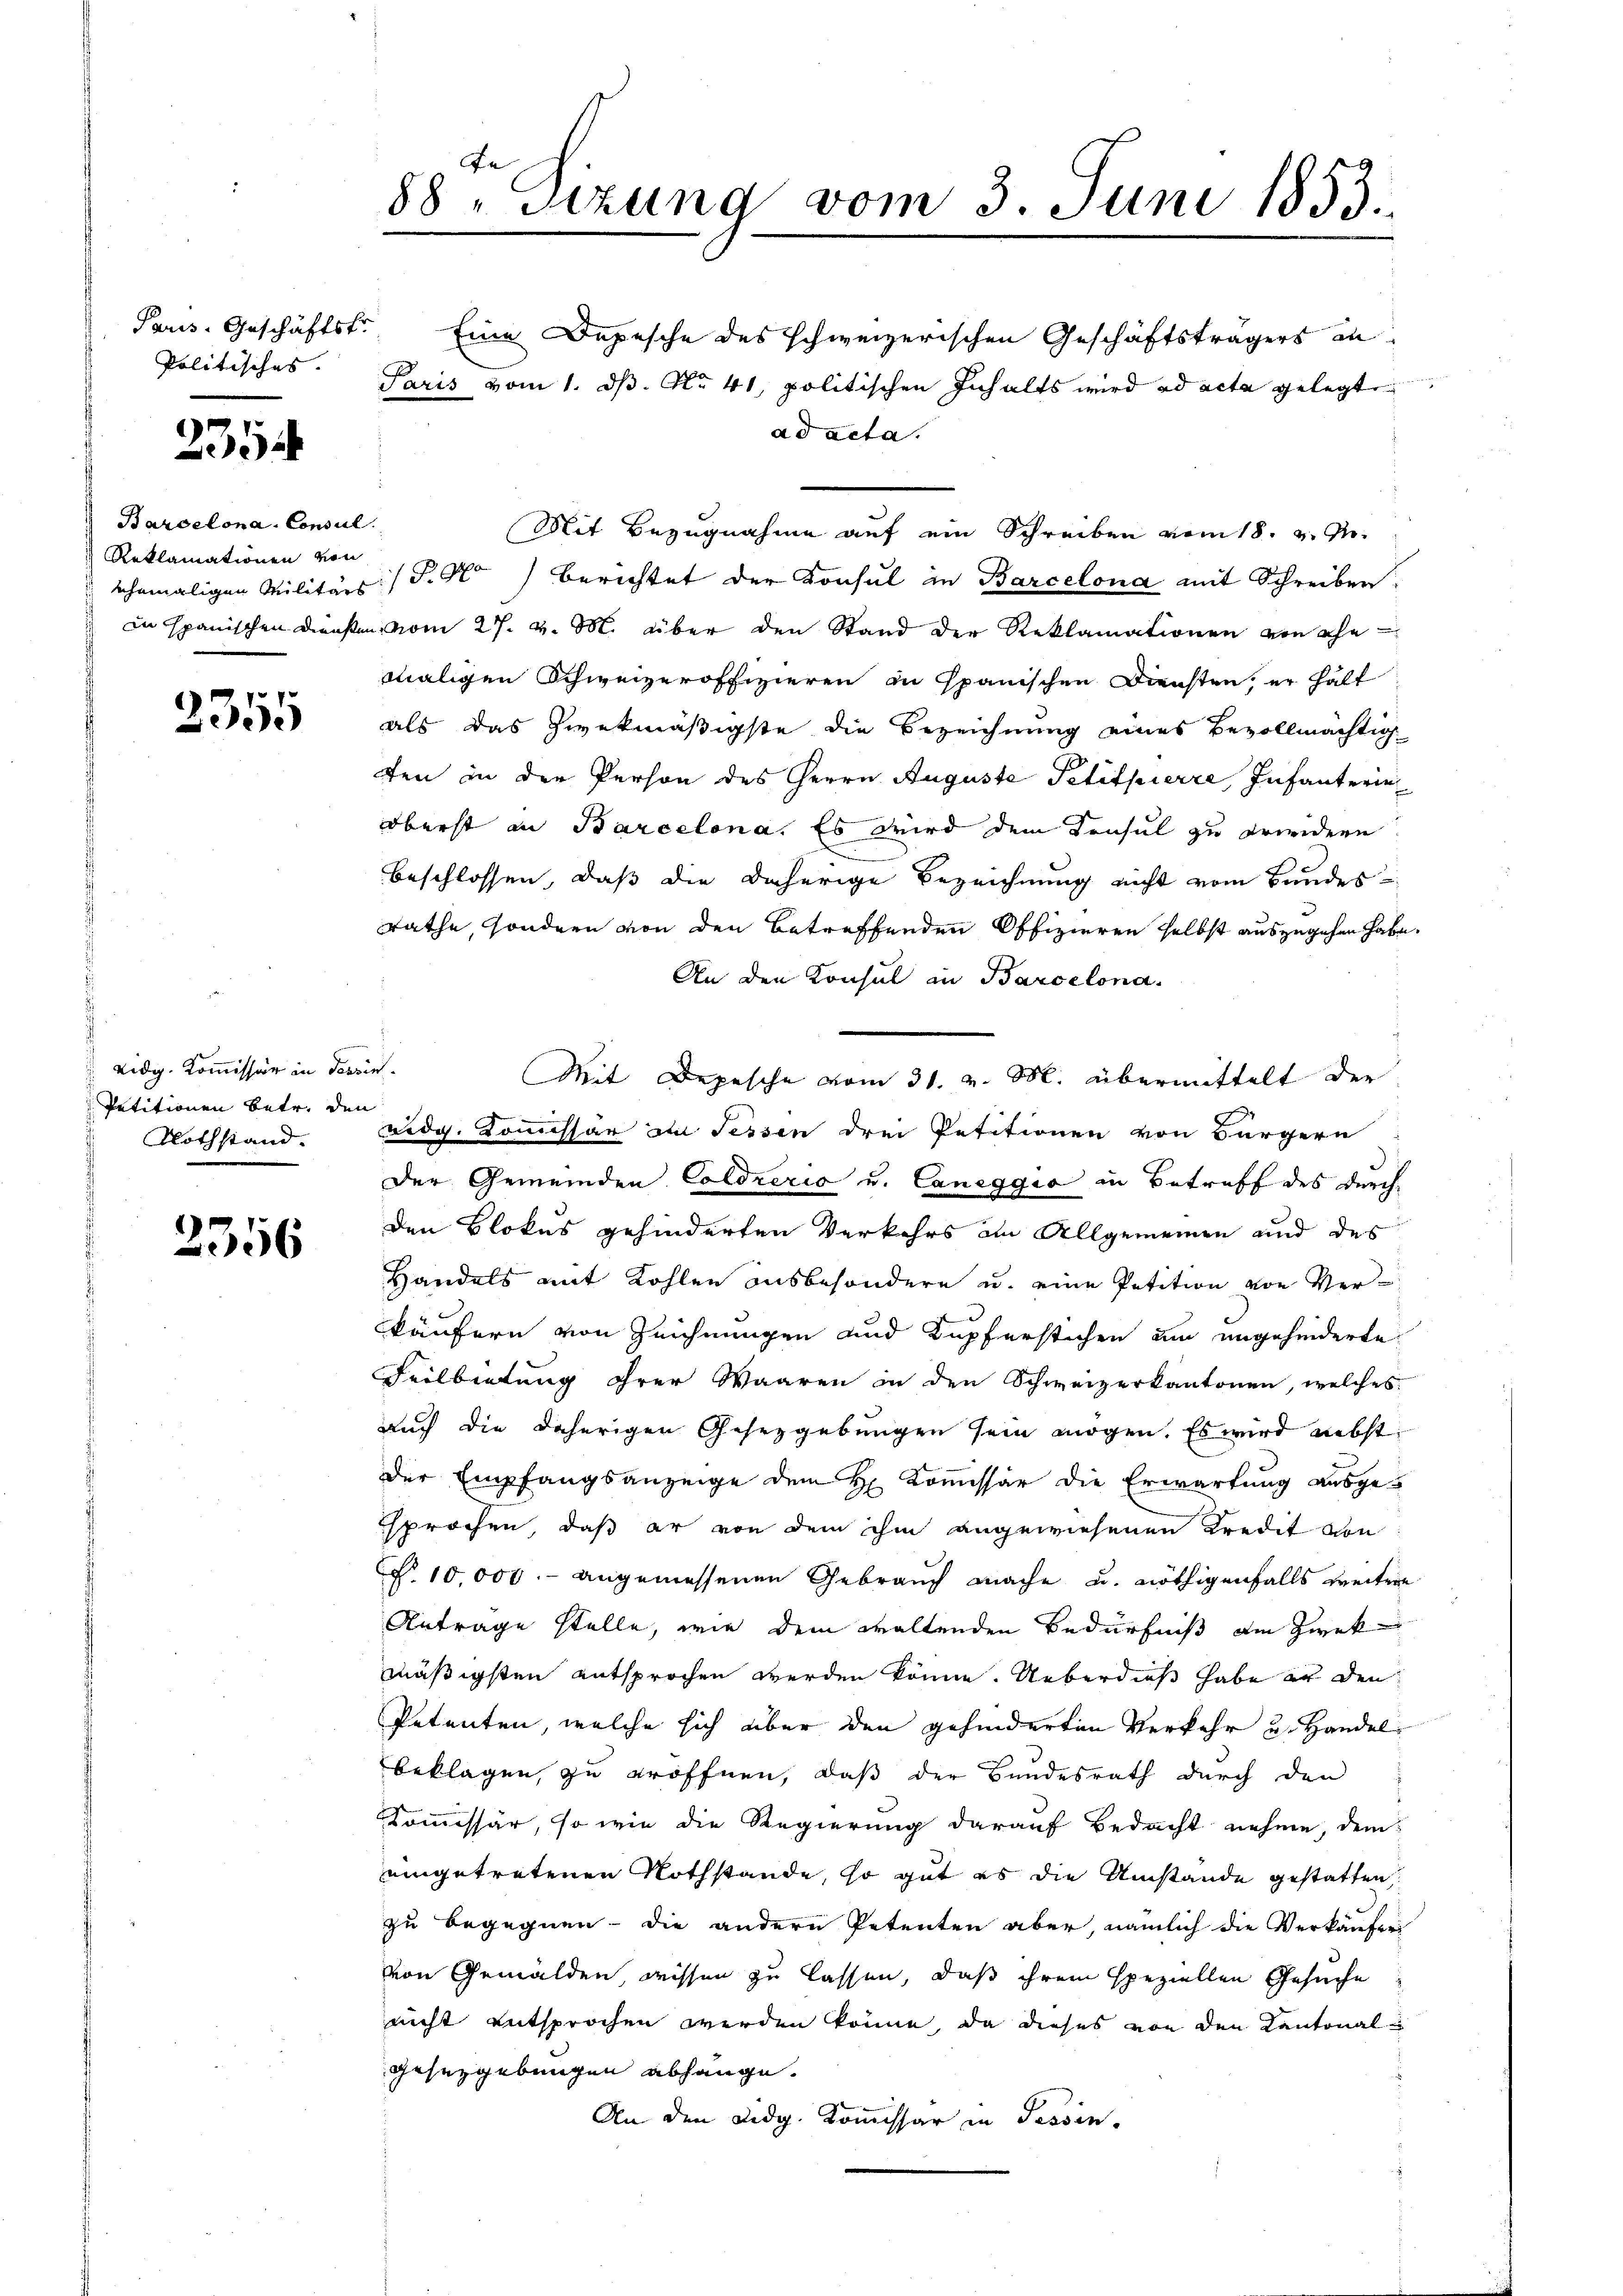
Paris. Geschäftsfr.
Politisches.

235

Barcelona, Consul
Reklamationen von
ehemaligen Militärs
in Spanischen Diensten

2355

vidg. Kommissär in darin.
Petitionen betr. den

2356

88. Sitzung vom 3. Juni 1853.

Eine Depesche des schweizerischen Geschäftsträgers an
Paris vom 1. ds. No. 41, politischen Inhalts wird ad acta gelegt
(P.No) berichtet der Konsul in Barcelona mit Schreiben.
mvom 27. v. M. über den Stand der Reklamationen von ehe
maligen Schweizeroffizieren zu spanischen Diensten, er halt
als das zwekmäßigste die Bezeichnung eines Bevollmächtig
ten in der Person des Herrn Auguste Petitpierre, Infanterie
oberst an Barcelona. Es wird dem Konsul zu erwidern
beschlossen, daß die daherige Bezeichnung nicht vom Bundesrathe, sondern von den betreffenden Offizieren selbst auszugehen habe.
An den Konsul in Barcelona.
Mit Depesche vom 31. v. M. übermittelt der
 Nothstand. Eidg. Kommissär an Sessen drei Petitionen von Bürgern
Der Gemeinden Coldrerio u. Caneggia in Betreff des durch
den Blokus gehinderten Verkehrs an Allgemeinen und des
Handels mit Kohlen ausbesondere u. eine Petition von Verkäufern von Zeichnungen und Kupferstichen um ungehinderte
Feilbietung ihrer Waaren in den Schweizerkantonen, welches
auch die daherigen Gesetzgebungen sein mögen. Es wird nebst
der Empfangsanzeige dem H. Kommissär die Erwartung ausgesprochen, daß er von dem ihm angewiesenen Kredit von
C. 10,000.- angemessenen Gebrauch mache u. nöthigenfalls weitere
Antrage stelle, wie dem waltenden Bedürfniß am Zwek
mäßigsten entsprochen werden könne. Ueberdieß habe er den
Petenten, welche sich aber den gehinderten Verkehr u. Handel
beklagen, zu eröffnen, daß der Bundesrath durch den
Kommissär, so wie die Regierung darauf Bedacht nehme, dem
eingetretenen Nothstande, so gut es die Umstände gestatten,
zu begegnen - die andern Petenten aber, nämlich die Verkäufei
von Gemälden, wissen zu lassen, daß ihrem speziellen Gesuche
nicht entsprochen werden könne, da dieses von den Kantonalgesetzgebungen abhänge.
An den Lidg. Kommissär in Tessin.

ad acta.

Mit Bezugnahme auf ein Schreiben vom 18. v. M.